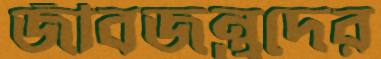
জীবজন্তুদের